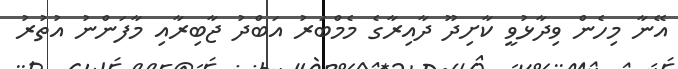
އޭނާ މިހެން ވިދާޅުވީ ކާށިދޫ ދާއިރާގެ މެމްބަރު އަބްދު ޖާބިރާއި މާފަންނު އުތުރު